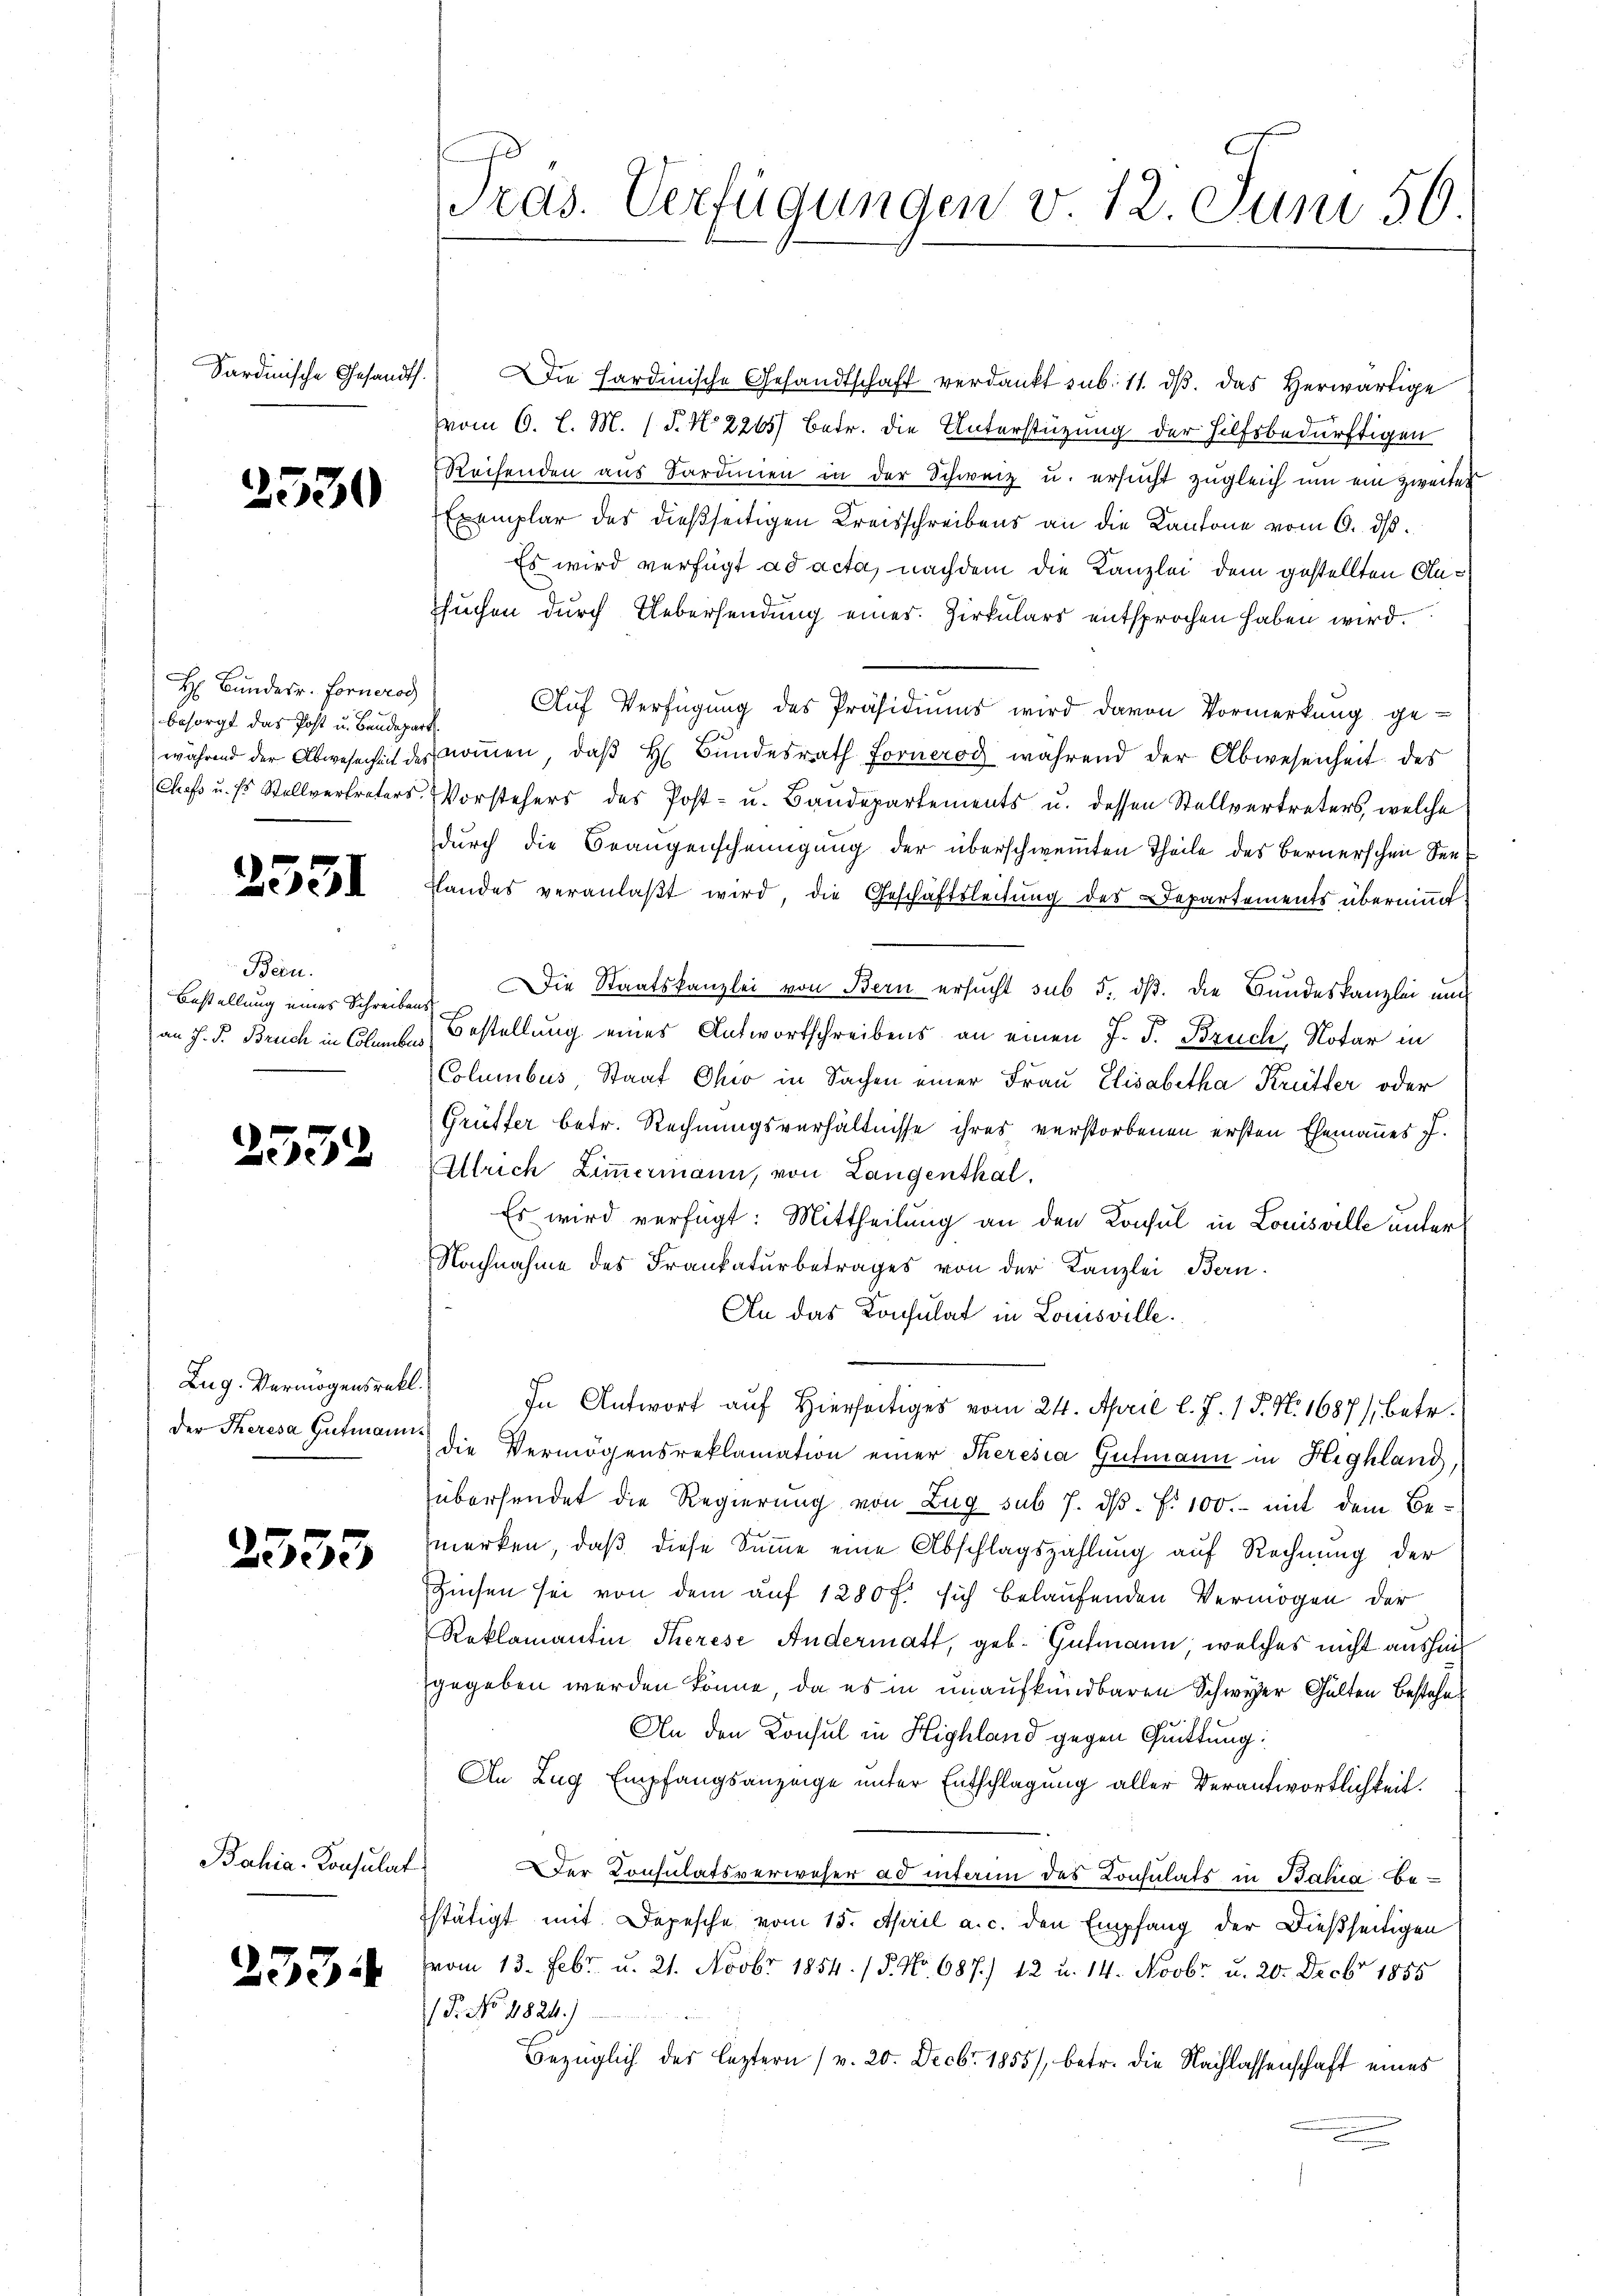
Sardinische Gesandt.

2530

H Bundesr. Fornerod
besorgt das Post u. Baudepart

2551

Bern.
Bestellung eines Schreibens

2552

Zug- Vermögensrekt.
der Theresa Gutmann

2533

Bahia-Konsulat

2334

ras. Verfügungen v. 12. Juni 56.

Die Hardinische Gesandtschaft verdankt sub. 11. dβ das herwärtige
vom 6. l. M. (T. No 2265) betr. die Unterstüzung der hilfsbedürftigen
Reisenden aus Sardinien in der Schweiz u. ersucht zugleich um ein Zweiter
Exemplar des dießseitigen Kreisschreibens an die Kantone vom 6. ds.
Es wird verfügt ad acta, nachdem die Kanzlei dem gestellten Ansuchen durch Uebersendung eines Zirkulars entsprochen haben wird.
Auf Verfügung des Präsidiums wird davon Vormerkung ge-
während der Abwesenheit des noṁen, daβ h. Bŭndesrath Forneros während der Abwesenheit des
Chef u. s. Stellvertreters Vorstehers des Post- u. Bandepartements u. dessen Stellvertreters, welche
durch die Beaugenscheinigung der überschweiten Theile des Bernerschen Seeslandes veranlaßt wird, die Geschäftsleitung des Departements übernimmt
Die Staatskanzlei von Bern ersucht sub 5. dß. Die Bundeskanzlei und
an J. J. Bruch in Chamber Bestellung eines Antwortschreibens an einen J. J. Bruch, Notar in
Columbus, Staat Ohio in Sachen einer Frau Elisabetha Krütter oder
Grüffer betr. Rechnungsverhältnisse ihres verstorbenen ersten Ehemannes J.
Allrich Zimmermann, von Langenthal,
Es wird verfügt: Mittheilung an den Konsul in Louisville unter
Nachnahme des Frankaturbetrages von der Kanzlei Bern.
An das Konsulat in Louisville.
In Antwort auf Hierseitiges vom 24. April l. J. 1 P. Nr. 1687), betr.
die Vermögensreklamation einer Theresia Gutmann in Highland,
übersendet die Regierung von Zug sub 7. dβ. f. 100. - mit dem Bemerken, daß diese Summe eine Abschlagszahlung auf Rechnung der
Zinsen sei von dem auf 1280 f. sich belaufenden Vermögen der
Reklamantin Therese Andermatt, geb. Gutmann, welches nicht aushaus
gegeben werden könne, da es in unaufkündbaren Schwyzer Gülten Bestehe
An den Konsul in Highland gegen Quittung:
An Zug Empfangsanzeige unter Entschlagung aller Verantwortlichkeit.
Der Consulatsverweser ad interim das Consulats in Bahia be-
stätigt mit Depesche vom 15. April a. c. den Empfang der dießseitigen
(vom 13. Febr. u. 21. Novbr 1854. / 5. No 687./ 12 u. 14. Novbr. u. 20. Decbr 1855
P. No. 4824.)
Bezüglich des leztern (v. 20. Decbr. 1855), betr. die Nachlassenschaft eines